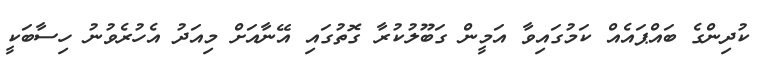
ކުދިންގެ ބައްޕައެއް ކަމުގައިވާ އަމީން ގަބޫލުކުރާ ގޮތުގައި އޭނާއަށް މިއަދު އެހުރެވުނު ހިސާބަކީ